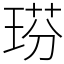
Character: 𤦈